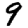
Digit: 9